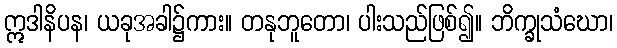
ဣဒါနိပန၊ ယခုအခါ၌ကား။ တနုဘူတော၊ ပါးသည်ဖြစ်၍။ ဘိက္ခုသံဃော၊